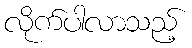
လိုက်ပါလာသည့်